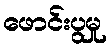
ဖောင်းပွမှု